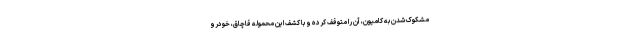
مشکوک شدن به کامیون، آن را متوقف کرده و با کشف این محموله قاچاق، خودرو